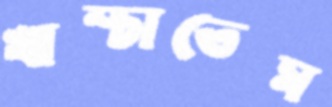
খাম্‌চাতেম